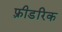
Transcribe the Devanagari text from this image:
फ़्रीडरिक